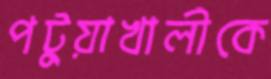
পটুয়াখালীকে